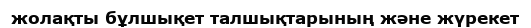
жолақты бұлшықет талшықтарының және жүрекет